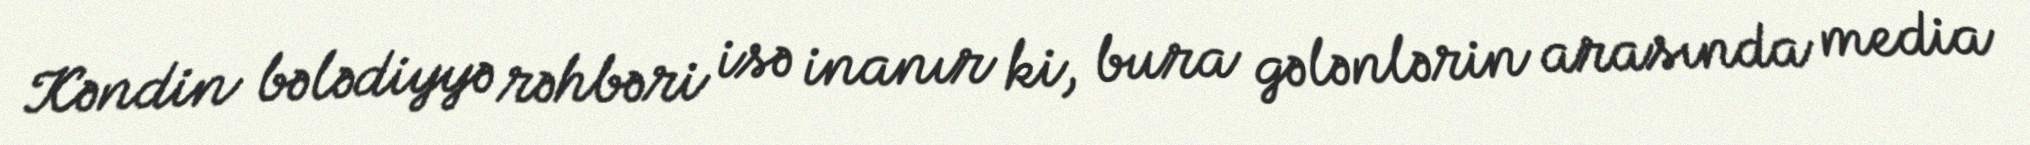
Kəndin bələdiyyə rəhbəri isə inanır ki, bura gələnlərin arasında media